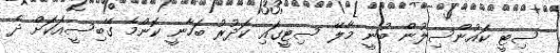
ސިޓީ ކައުންސިލުން ބުނީ މާލޭ ސިޓީގައި ކަދުރު ބަހާނީ ކޮންމެ ގޭބިސީއަކަށް ދެ